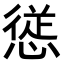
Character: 𭞁